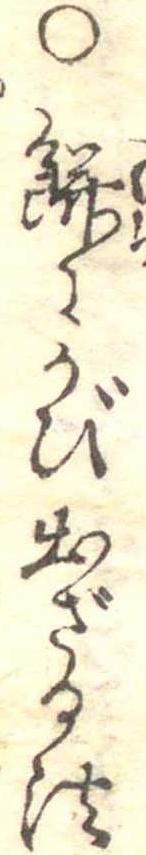
○餅にかび出ざる法